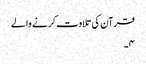
قرآن کی تلاوت کرنے والے
۴۔